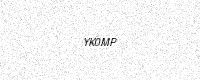
Text: YK0MP